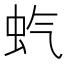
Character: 𫊨